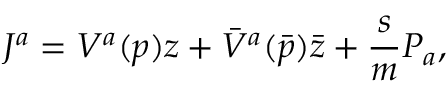
J ^ { a } = V ^ { a } ( p ) z + { \bar { V } } ^ { a } ( { \bar { p } } ) { \bar { z } } + \frac { s } { m } P _ { a } ,